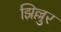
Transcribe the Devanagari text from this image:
झिल्लुर